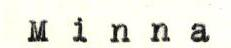
Minna